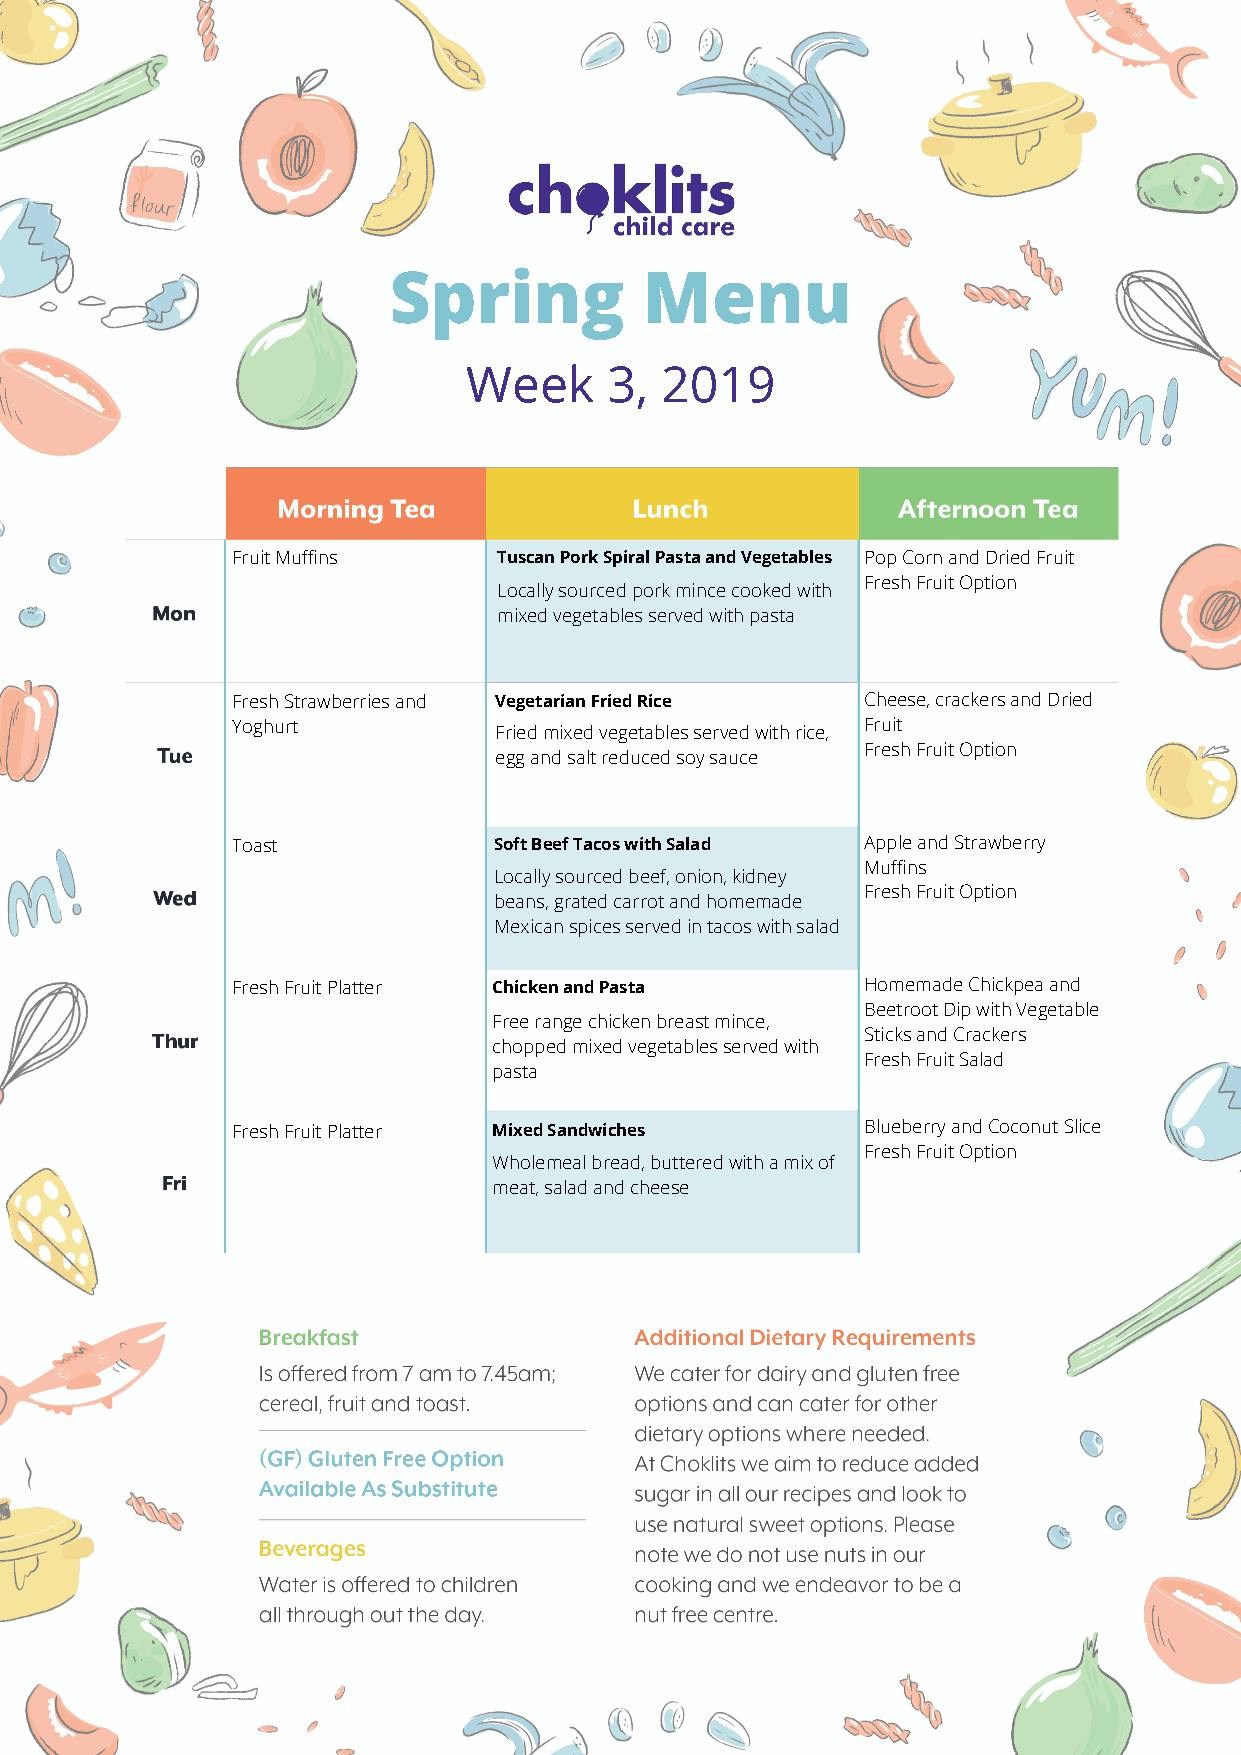
Spring           Menu
 Week     3,  2019
 Fruit Muffins     Tuscan Pork Spiral Pasta and Vegetables Pop Corn and Dried Fruit
 Fresh Fruit Option
 Locally sourced pork mince cooked with
 mixed vegetables served with pasta
 Fresh Strawberries and Vegetarian Fried Rice Cheese, crackers and Dried
 Yoghurt                                   Fruit
 Fried mixed vegetables served with rice,
 Fresh Fruit Option
 egg and salt reduced soy sauce
 Toast             Soft Beef Tacos with Salad Apple and Strawberry
 Muffins
 Locally sourced beef, onion, kidney
 Fresh Fruit Option
 beans, grated carrot and homemade
 Mexican spices served in tacos with salad
 Fresh Fruit Platter Chicken and Pasta     Homemade Chickpea and
 Beetroot Dip with Vegetable
 Free range chicken breast mince,
 Sticks and Crackers
 chopped mixed vegetables served with
 Fresh Fruit Salad
 pasta
 Fresh Fruit Platter Mixed Sandwiches      Blueberry and Coconut Slice
 Fresh Fruit Option
 Wholemeal bread, buttered with a mix of
 meat, salad and cheese